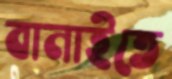
বানাইতে